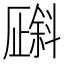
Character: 𪯯